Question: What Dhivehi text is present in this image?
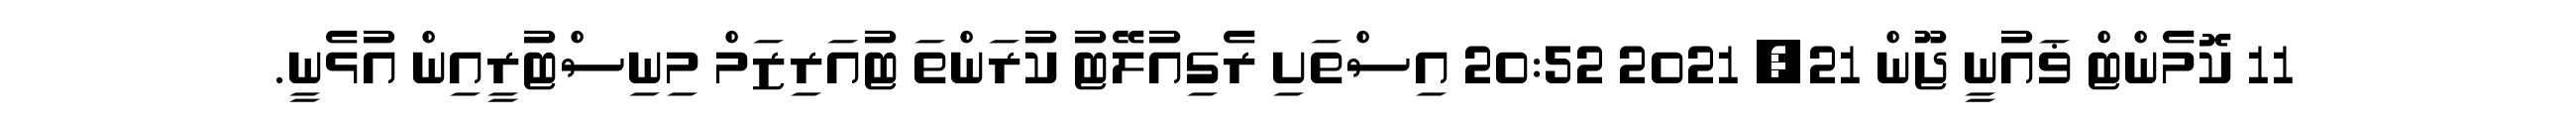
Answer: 11 ކޮމެންޓް ޥައުނީ ޖޫން 21, 2021 20:52 އިސްތަށި ރެގިއުލޭޓު ކުރަންތަ ޓުއަރިޒަމް މިނިސްޓުރީއިން އުޅެނީ.